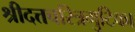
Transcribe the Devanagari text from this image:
श्रीदत्तचरित्रगुटिका